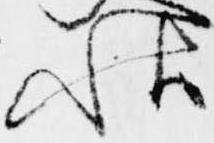
秋